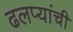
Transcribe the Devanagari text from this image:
ढलप्यांची